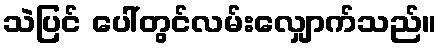
သဲပြင် ပေါ်တွင်လမ်းလျှောက်သည်။